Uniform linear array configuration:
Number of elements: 48
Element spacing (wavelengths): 0.5
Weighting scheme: cosine
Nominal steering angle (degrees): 60
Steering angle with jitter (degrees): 61.676
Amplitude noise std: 0.05
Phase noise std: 0.05

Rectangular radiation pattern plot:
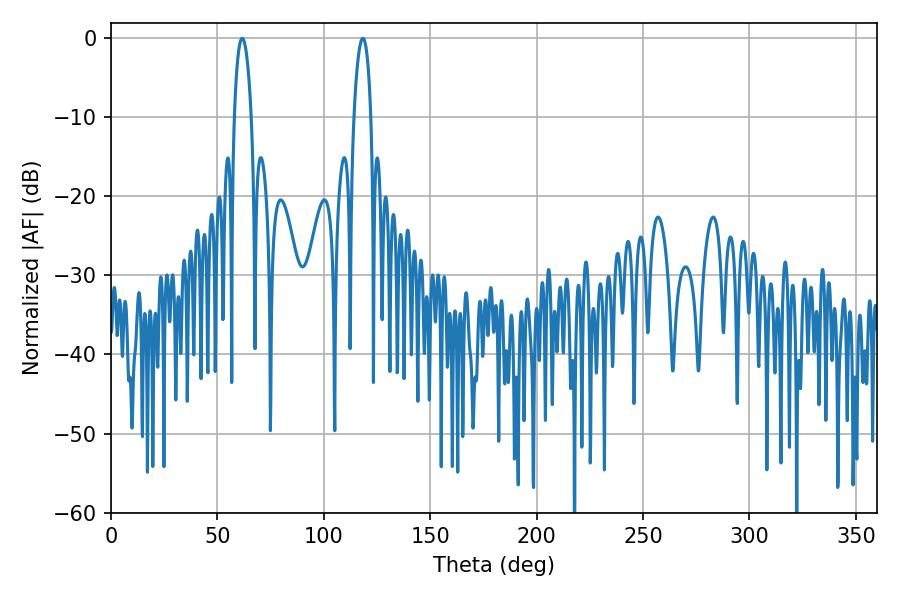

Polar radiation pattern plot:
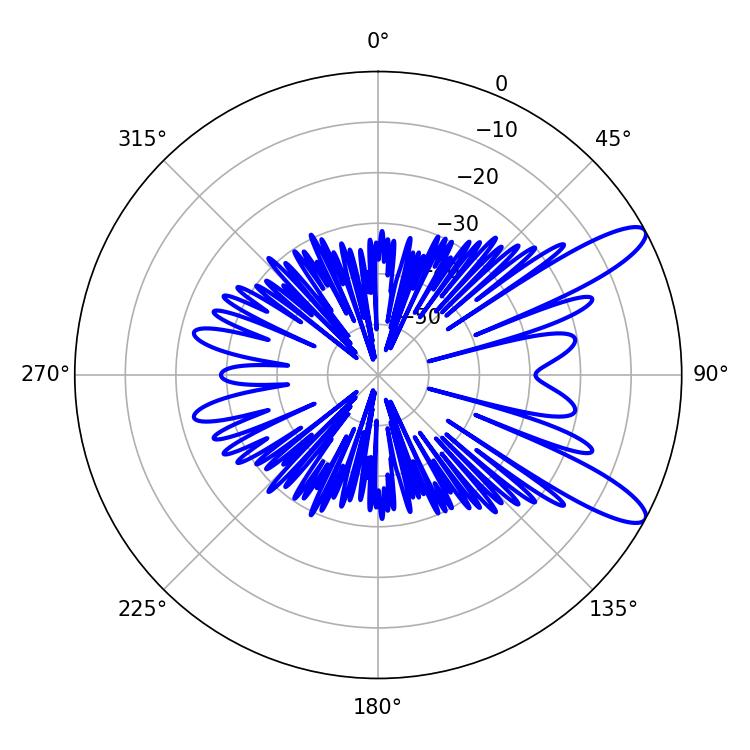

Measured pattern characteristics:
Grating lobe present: FALSE
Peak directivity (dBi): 11.123
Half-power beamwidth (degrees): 4.68
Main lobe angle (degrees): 61.56